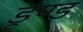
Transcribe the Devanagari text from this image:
डूंण्ड